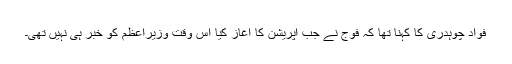
فواد چوہدری کا کہنا تھا کہ فوج نے جب آپریشن کا آغاز کیا اس وقت وزیراعظم کو خبر ہی نہیں تھی۔